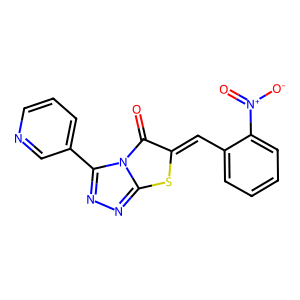
SMILES: O=c1c(=Cc2ccccc2[N+](=O)[O-])sc2nnc(-c3cccnc3)n12
Inhibits HIV replication: No